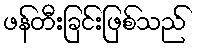
ဖန်တီးခြင်းဖြစ်သည်